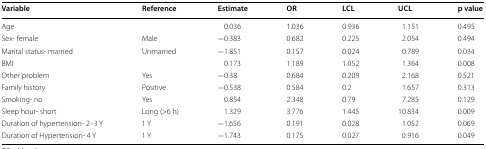
| Variable | Reference | Estimate | OR | LCL | UCL | p value |
 | --- | --- | --- | --- | --- | --- | --- |
 | Age |  | 0.036 | 1.036 | 0.936 | 1.151 | 0.495 |
 | Sex- female | Male | −0.383 | 0.682 | 0.225 | 2.054 | 0.494 |
 | Marital status- married | Unmarried | −1.851 | 0.157 | 0.024 | 0.789 | 0.034 |
 | BMI |  | 0.173 | 1.189 | 1.052 | 1.364 | 0.008 |
 | Other problem | Yes | −0.38 | 0.684 | 0.209 | 2.168 | 0.521 |
 | Family history | Positive | −0.538 | 0.584 | 0.2 | 1.657 | 0.313 |
 | Smoking- no | Yes | 0.854 | 2.348 | 0.79 | 7.285 | 0.129 |
 | Sleep hour- short | Long (>6 h) | 1.329 | 3.776 | 1.445 | 10.834 | 0.009 |
 | Duration of hypertension- 2–3 Y | 1 Y | −1.656 | 0.191 | 0.028 | 1.052 | 0.069 |
 | Duration of Hypertension- 4 Y | 1 Y | −1.743 | 0.175 | 0.027 | 0.916 | 0.049 |